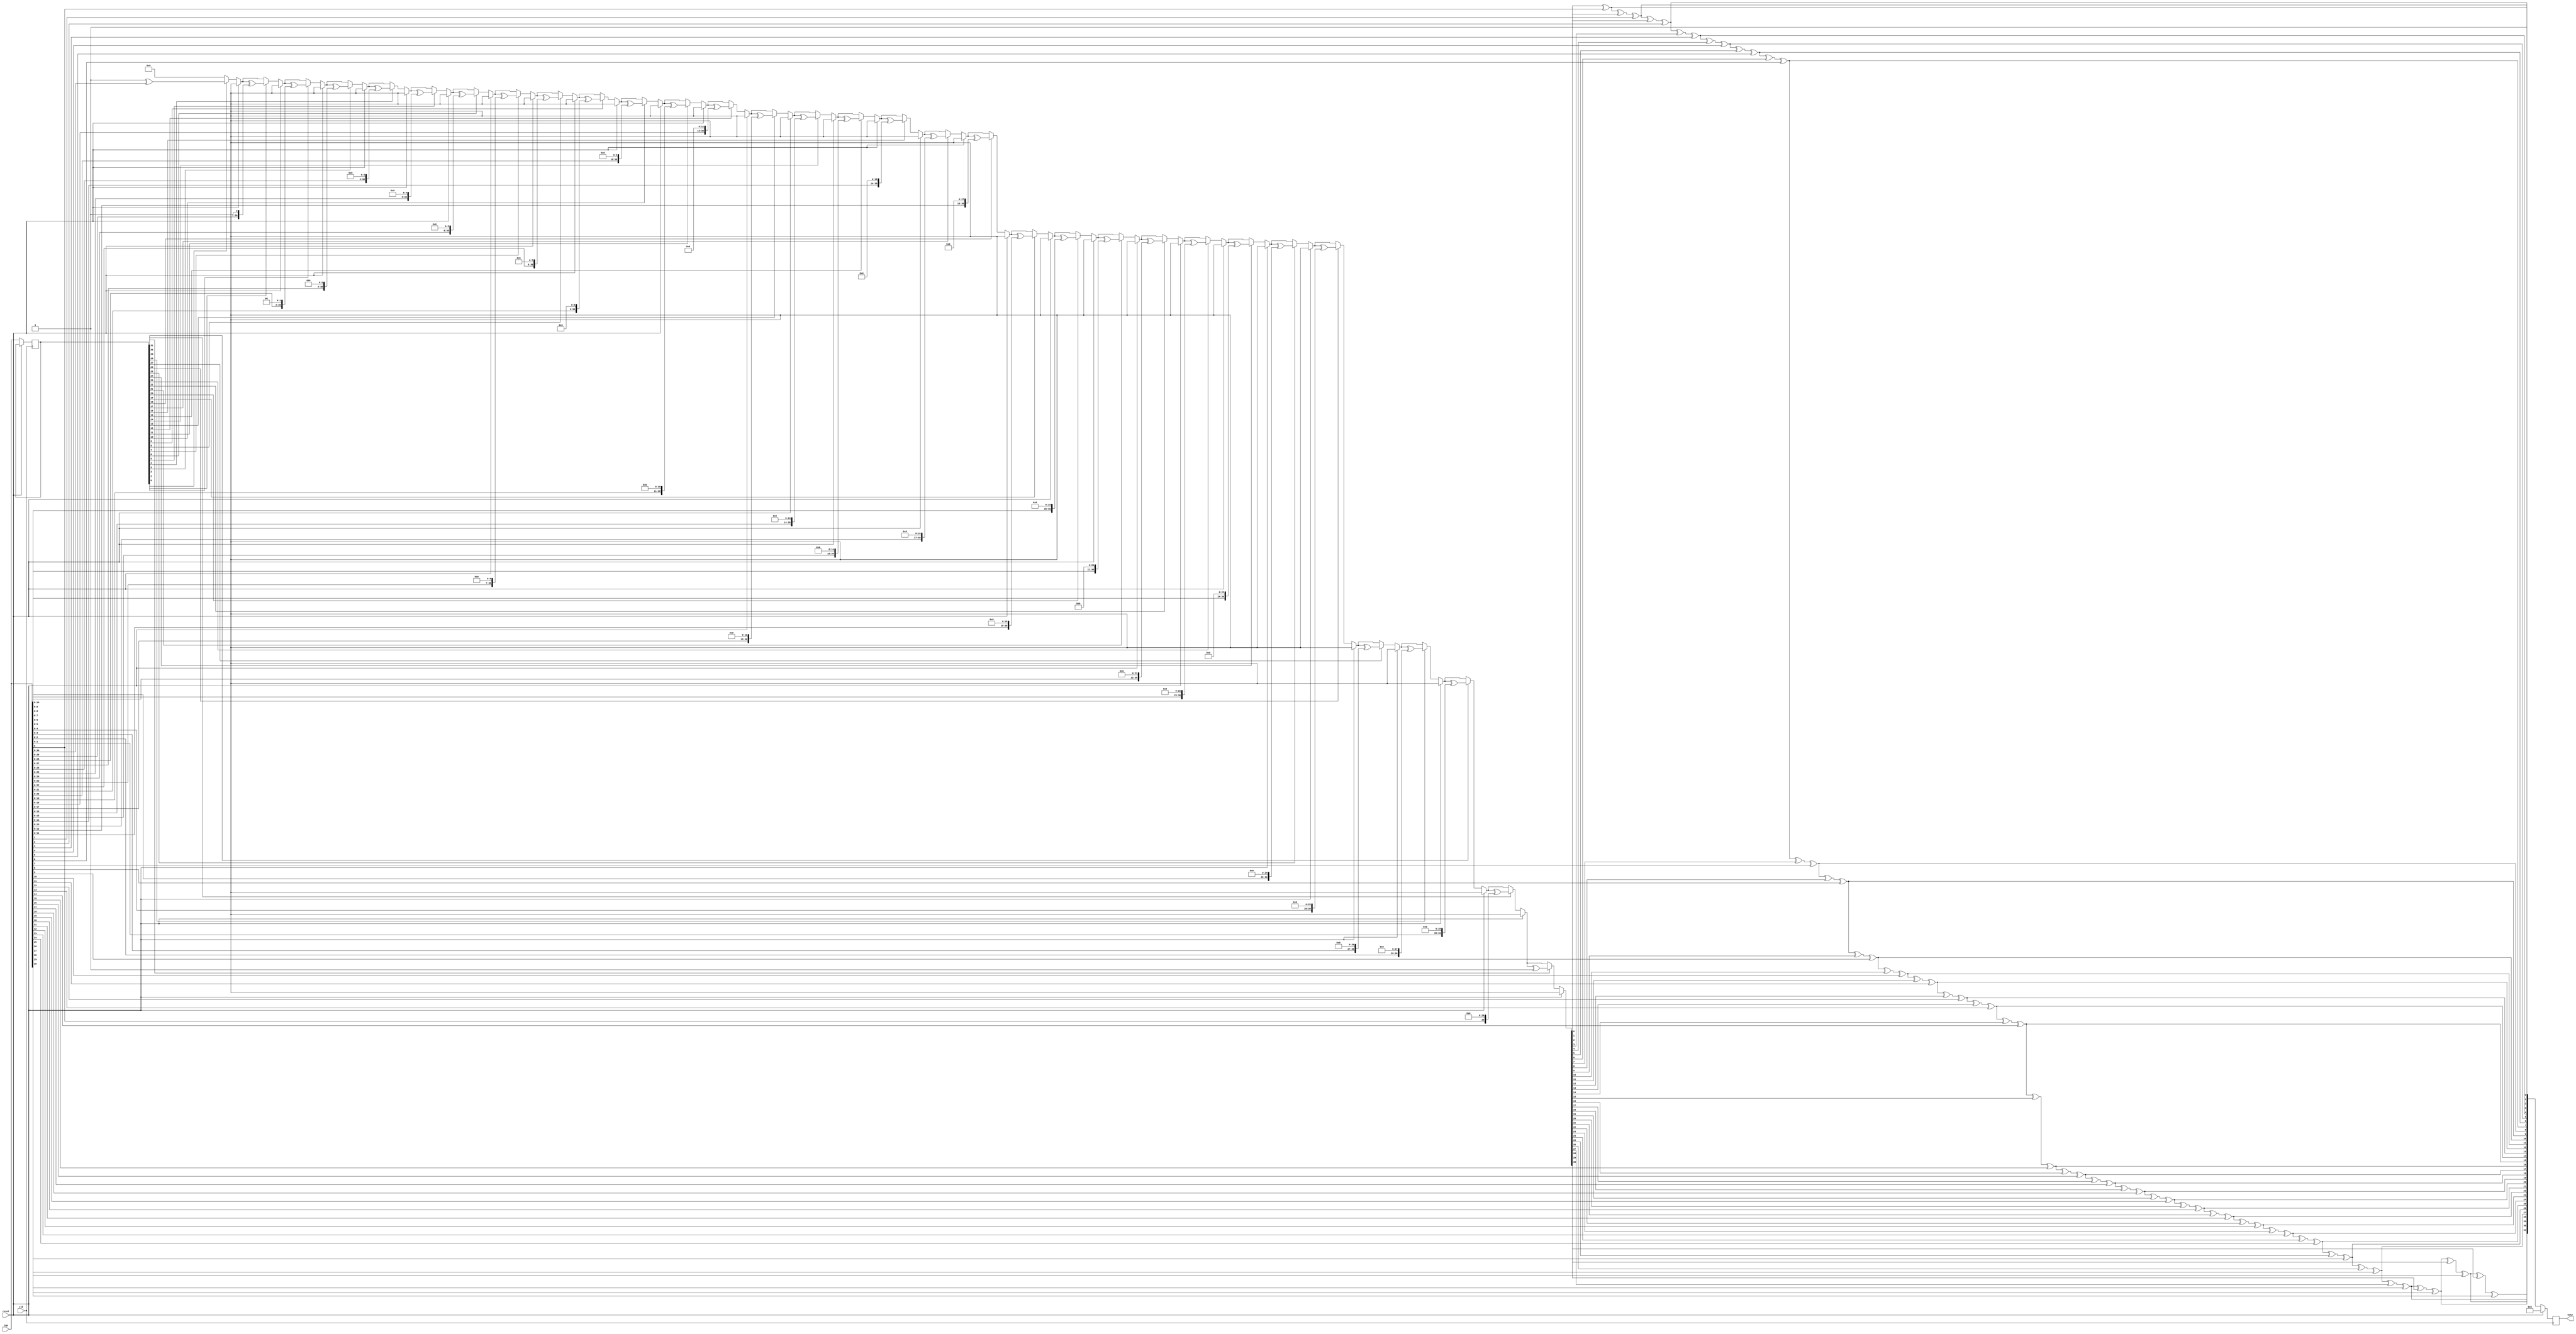
module Test_12 (
   outp,
   reset, clk, inp
   );
   input		  reset;
   input		  clk;
   input [31:0] 	  inp;
   output [31:0] 	  outp;
   function [31:0] no_inline_function;
      input [31:0] 	  var1;
      input [31:0] 	  var2;
      reg [31*2:0] 	  product1 ;
      reg [31*2:0] 	  product2 ;
      integer 		  i;
      reg [31:0] 	  tmp;
      begin
	 product2 = {(31*2+1){1'b0}};
	 for (i = 0; i < 32; i = i + 1)
	   if (var2[i]) begin
	      product1 = { {31*2+1-32{1'b0}}, var1} << i;
	      product2 = product2 ^ product1;
	   end
	 no_inline_function = 0;
	 for (i= 0; i < 31; i = i + 1 )
	   no_inline_function[i+1] = no_inline_function[i] ^ product2[i] ^ var1[i];
      end
   endfunction
   reg [31:0] outp;
   reg [31:0] inp_d;
   always @( posedge clk ) begin
      if( reset ) begin
	 outp <= 0;
      end
      else begin
	 inp_d <= inp;
	 outp <= no_inline_function(inp, inp_d);
      end
   end
endmodule